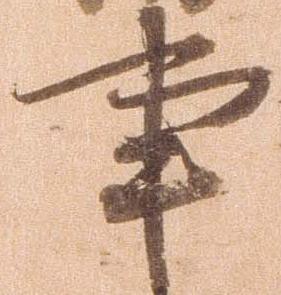
事